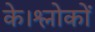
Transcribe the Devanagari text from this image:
के।श्लोकों